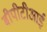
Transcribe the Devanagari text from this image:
बीपीटीआई